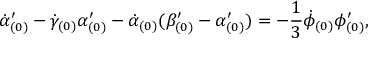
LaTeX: \dot { \alpha } _ { ( 0 ) } ^ { \prime } - \dot { \gamma } _ { ( 0 ) } \alpha _ { ( 0 ) } ^ { \prime } - \dot { \alpha } _ { ( 0 ) } ( \beta _ { ( 0 ) } ^ { \prime } - \alpha _ { ( 0 ) } ^ { \prime } ) = - \frac { 1 } { 3 } \dot { \phi } _ { ( 0 ) } \phi _ { ( 0 ) } ^ { \prime } ,